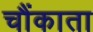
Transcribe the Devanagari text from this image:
चौंकाता